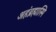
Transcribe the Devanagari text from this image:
अहंब्रह्मास्मि